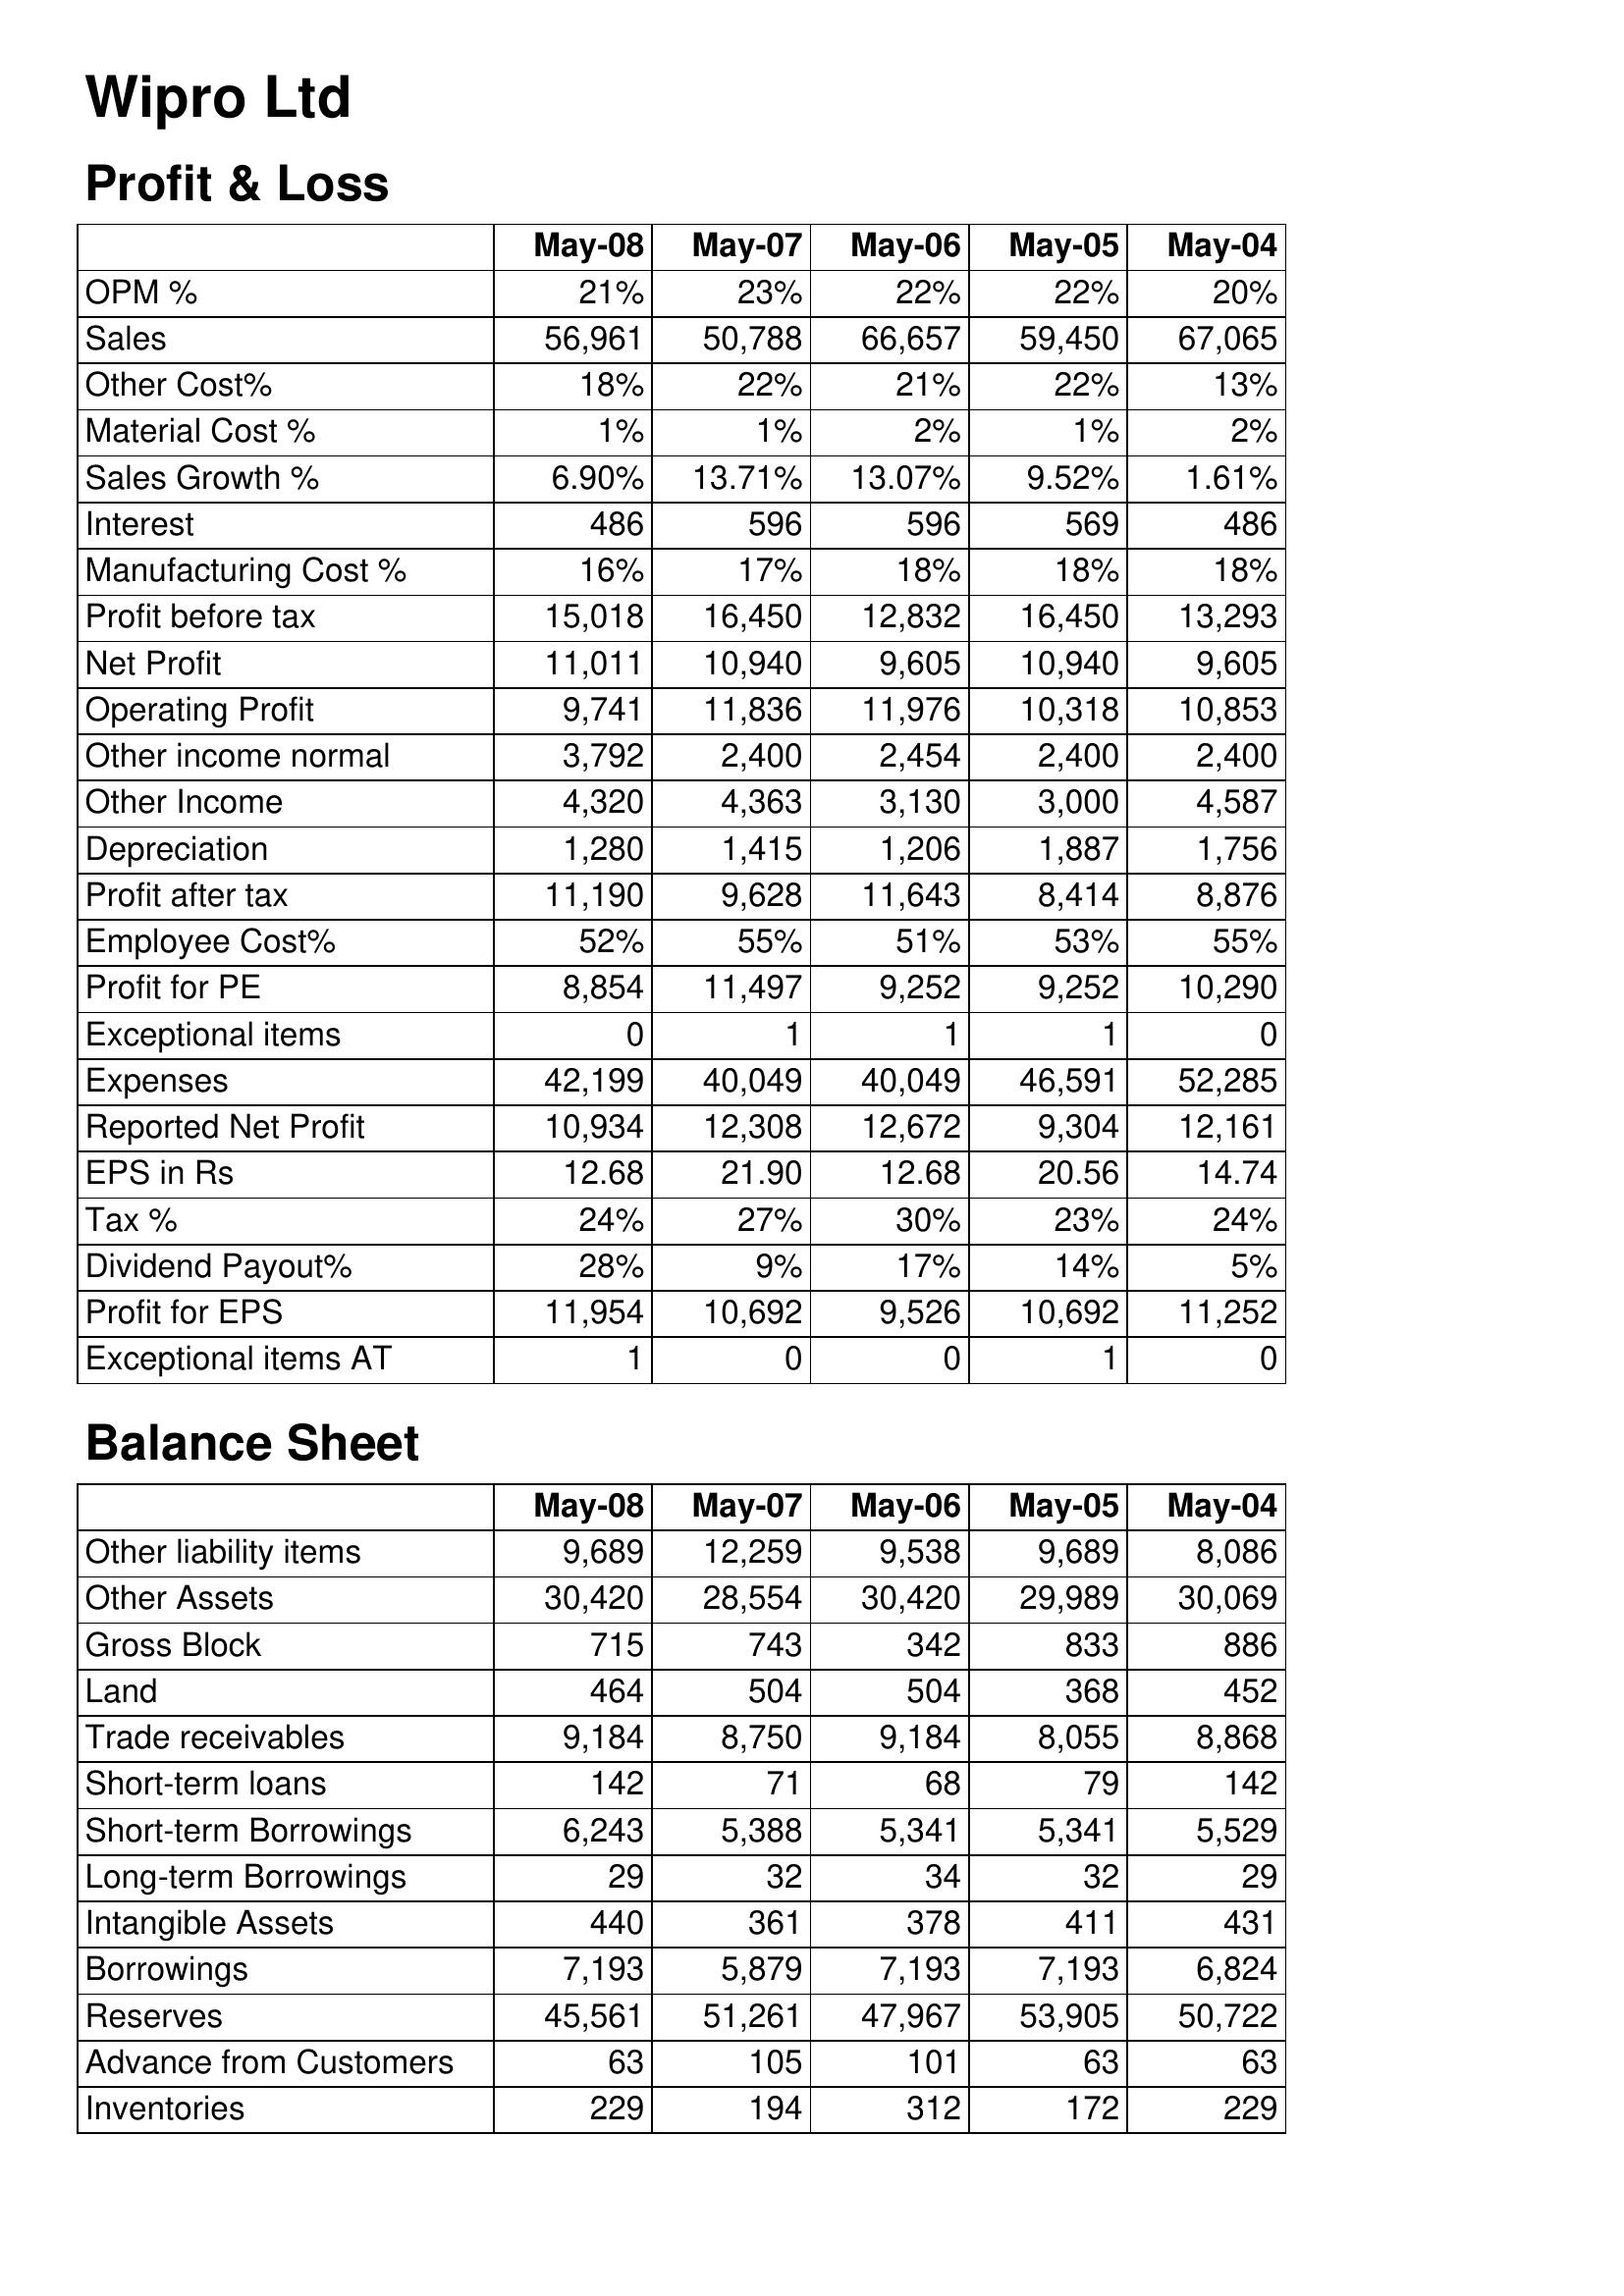
May-08: Profit & Loss: OPM %: 21%
Sales: 56,961
Other Cost%: 18%
Material Cost %: 1%
Sales Growth %: 6.90%
Interest: 486
Manufacturing Cost %: 16%
Profit before tax: 15,018
Net Profit: 11,011
Operating Profit: 9,741
Other income normal: 3,792
Other Income: 4,320
Depreciation: 1,280
Profit after tax: 11,190
Employee Cost%: 52%
Profit for PE: 8,854
Exceptional items: 0
Expenses: 42,199
Reported Net Profit: 10,934
EPS in Rs: 12.68
Tax %: 24%
Dividend Payout%: 28%
Profit for EPS: 11,954
Exceptional items AT: 1
Balance Sheet: Other liability items: 9,689
Other Assets: 30,420
Gross Block: 715
Land: 464
Trade receivables: 9,184
Short-term loans: 142
Short-term Borrowings: 6,243
Long-term Borrowings: 29
Intangible Assets: 440
Borrowings: 7,193
Reserves: 45,561
Advance from Customers: 63
Inventories: 229
May-07: Profit & Loss: OPM %: 23%
Sales: 50,788
Other Cost%: 22%
Material Cost %: 1%
Sales Growth %: 13.71%
Interest: 596
Manufacturing Cost %: 17%
Profit before tax: 16,450
Net Profit: 10,940
Operating Profit: 11,836
Other income normal: 2,400
Other Income: 4,363
Depreciation: 1,415
Profit after tax: 9,628
Employee Cost%: 55%
Profit for PE: 11,497
Exceptional items: 1
Expenses: 40,049
Reported Net Profit: 12,308
EPS in Rs: 21.90
Tax %: 27%
Dividend Payout%: 9%
Profit for EPS: 10,692
Exceptional items AT: 0
Balance Sheet: Other liability items: 12,259
Other Assets: 28,554
Gross Block: 743
Land: 504
Trade receivables: 8,750
Short-term loans: 71
Short-term Borrowings: 5,388
Long-term Borrowings: 32
Intangible Assets: 361
Borrowings: 5,879
Reserves: 51,261
Advance from Customers: 105
Inventories: 194
May-06: Profit & Loss: OPM %: 22%
Sales: 66,657
Other Cost%: 21%
Material Cost %: 2%
Sales Growth %: 13.07%
Interest: 596
Manufacturing Cost %: 18%
Profit before tax: 12,832
Net Profit: 9,605
Operating Profit: 11,976
Other income normal: 2,454
Other Income: 3,130
Depreciation: 1,206
Profit after tax: 11,643
Employee Cost%: 51%
Profit for PE: 9,252
Exceptional items: 1
Expenses: 40,049
Reported Net Profit: 12,672
EPS in Rs: 12.68
Tax %: 30%
Dividend Payout%: 17%
Profit for EPS: 9,526
Exceptional items AT: 0
Balance Sheet: Other liability items: 9,538
Other Assets: 30,420
Gross Block: 342
Land: 504
Trade receivables: 9,184
Short-term loans: 68
Short-term Borrowings: 5,341
Long-term Borrowings: 34
Intangible Assets: 378
Borrowings: 7,193
Reserves: 47,967
Advance from Customers: 101
Inventories: 312
May-05: Profit & Loss: OPM %: 22%
Sales: 59,450
Other Cost%: 22%
Material Cost %: 1%
Sales Growth %: 9.52%
Interest: 569
Manufacturing Cost %: 18%
Profit before tax: 16,450
Net Profit: 10,940
Operating Profit: 10,318
Other income normal: 2,400
Other Income: 3,000
Depreciation: 1,887
Profit after tax: 8,414
Employee Cost%: 53%
Profit for PE: 9,252
Exceptional items: 1
Expenses: 46,591
Reported Net Profit: 9,304
EPS in Rs: 20.56
Tax %: 23%
Dividend Payout%: 14%
Profit for EPS: 10,692
Exceptional items AT: 1
Balance Sheet: Other liability items: 9,689
Other Assets: 29,989
Gross Block: 833
Land: 368
Trade receivables: 8,055
Short-term loans: 79
Short-term Borrowings: 5,341
Long-term Borrowings: 32
Intangible Assets: 411
Borrowings: 7,193
Reserves: 53,905
Advance from Customers: 63
Inventories: 172
May-04: Profit & Loss: OPM %: 20%
Sales: 67,065
Other Cost%: 13%
Material Cost %: 2%
Sales Growth %: 1.61%
Interest: 486
Manufacturing Cost %: 18%
Profit before tax: 13,293
Net Profit: 9,605
Operating Profit: 10,853
Other income normal: 2,400
Other Income: 4,587
Depreciation: 1,756
Profit after tax: 8,876
Employee Cost%: 55%
Profit for PE: 10,290
Exceptional items: 0
Expenses: 52,285
Reported Net Profit: 12,161
EPS in Rs: 14.74
Tax %: 24%
Dividend Payout%: 5%
Profit for EPS: 11,252
Exceptional items AT: 0
Balance Sheet: Other liability items: 8,086
Other Assets: 30,069
Gross Block: 886
Land: 452
Trade receivables: 8,868
Short-term loans: 142
Short-term Borrowings: 5,529
Long-term Borrowings: 29
Intangible Assets: 431
Borrowings: 6,824
Reserves: 50,722
Advance from Customers: 63
Inventories: 229